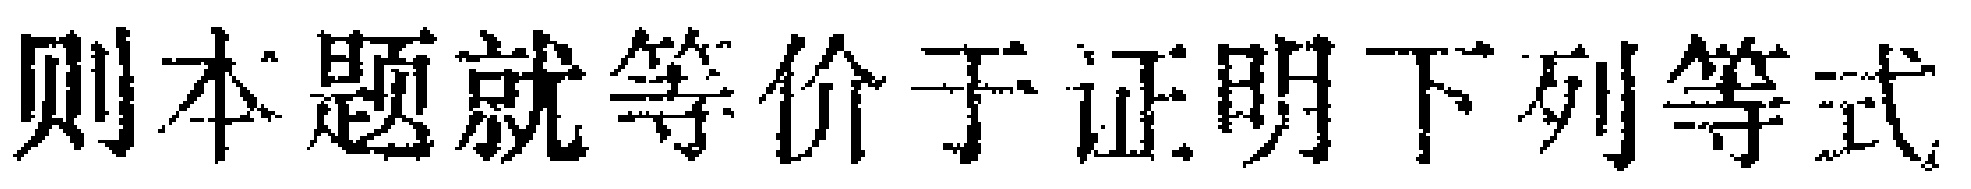
则本题就等价于证明下列等式